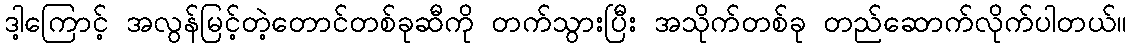
ဒါ့ကြောင့် အလွန်မြင့်တဲ့တောင်တစ်ခုဆီကို တက်သွားပြီး အသိုက်တစ်ခု တည်ဆောက်လိုက်ပါတယ်။